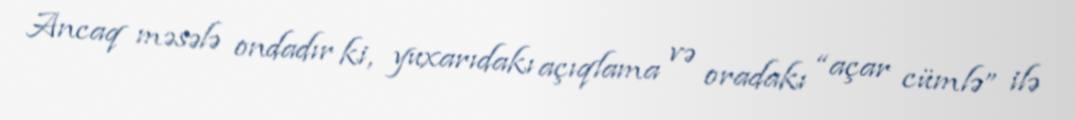
Ancaq məsələ ondadır ki, yuxarıdakı açıqlama və oradakı “açar cümlə” ilə